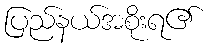
ပြည်နယ်အစိုးရ၏